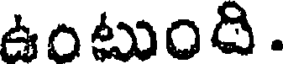
ఉంటుంది .